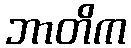
ဘာတိက